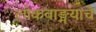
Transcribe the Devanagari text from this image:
लोकवाङ्मयाचे